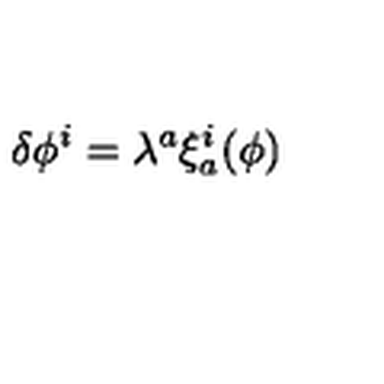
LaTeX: \delta \phi ^ { i } = \lambda ^ { a } \xi _ { a } ^ { i } ( \phi )